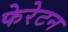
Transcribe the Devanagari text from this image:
फेरेटन